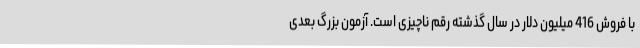
با فروش 416 میلیون دلار در سال گذشته رقم ناچیزی است. آزمون بزرگ بعدی